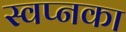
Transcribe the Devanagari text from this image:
स्वप्नका